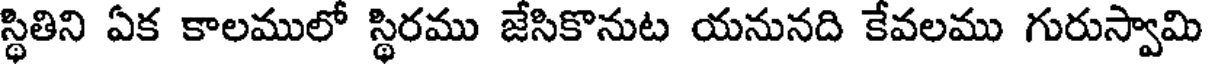
స్థితిని ఏక కాలములో స్థిరము జేసికొనుట యనునది కేవలము గురుస్వామి